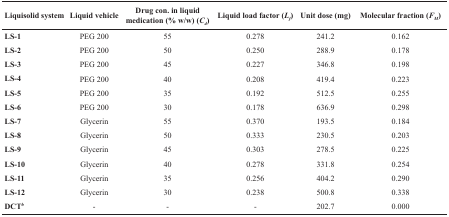
<table><thead><tr><td><b>Liquisolid system</b></td><td><b>Liquid vehicle</b></td><td><b>Drug con. in liquid medication (% w/w) (<i>C</i><sub>d</sub>)</b></td><td><b>Liquid load factor (<i>L</i><sub>f</sub>)</b></td><td><b>Unit dose (mg)</b></td><td><b>Molecular fraction (<i>F</i><sub>M</sub>)</b></td></tr></thead><tbody><tr><td><b>LS-1</b></td><td>PEG 200</td><td>55</td><td>0.278</td><td>241.2</td><td>0.162</td></tr><tr><td><b>LS-2</b></td><td>PEG 200</td><td>50</td><td>0.250</td><td>288.9</td><td>0.178</td></tr><tr><td><b>LS-3</b></td><td>PEG 200</td><td>45</td><td>0.227</td><td>346.8</td><td>0.198</td></tr><tr><td><b>LS-4</b></td><td>PEG 200</td><td>40</td><td>0.208</td><td>419.4</td><td>0.223</td></tr><tr><td><b>LS-5</b></td><td>PEG 200</td><td>35</td><td>0.192</td><td>512.5</td><td>0.255</td></tr><tr><td><b>LS-6</b></td><td>PEG 200</td><td>30</td><td>0.178</td><td>636.9</td><td>0.298</td></tr><tr><td><b>LS-7</b></td><td>Glycerin</td><td>55</td><td>0.370</td><td>193.5</td><td>0.184</td></tr><tr><td><b>LS-8</b></td><td>Glycerin</td><td>50</td><td>0.333</td><td>230.5</td><td>0.203</td></tr><tr><td><b>LS-9</b></td><td>Glycerin</td><td>45</td><td>0.303</td><td>278.5</td><td>0.225</td></tr><tr><td><b>LS-10</b></td><td>Glycerin</td><td>40</td><td>0.278</td><td>331.8</td><td>0.254</td></tr><tr><td><b>LS-11</b></td><td>Glycerin</td><td>35</td><td>0.256</td><td>404.2</td><td>0.290</td></tr><tr><td><b>LS-12</b></td><td>Glycerin</td><td>30</td><td>0.238</td><td>500.8</td><td>0.338</td></tr><tr><td><b>DCT</b><sup>b</sup></td><td>-</td><td>-</td><td>-</td><td>202.7</td><td>0.000</td></tr></tbody></table>